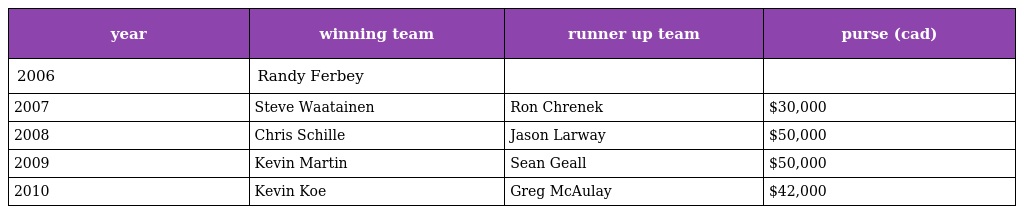
| year | winning team | runner up team | purse (cad) |
 | --- | --- | --- | --- |
 | 2006 | Randy Ferbey |  |  |
 | 2007 | Steve Waatainen | Ron Chrenek | $30,000 |
 | 2008 | Chris Schille | Jason Larway | $50,000 |
 | 2009 | Kevin Martin | Sean Geall | $50,000 |
 | 2010 | Kevin Koe | Greg McAulay | $42,000 |